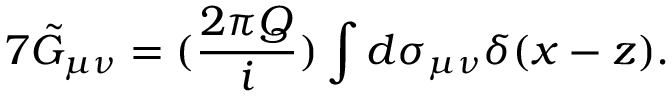
7 \tilde { G } _ { \mu \nu } = ( \frac { 2 \pi Q } { i } ) \int d \sigma _ { \mu \nu } \delta ( x - z ) .